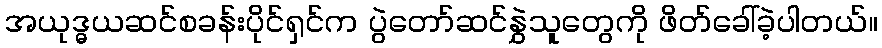
အယုဒ္ဓယဆင်စခန်းပိုင်ရှင်က ပွဲတော်ဆင်နွှဲသူတွေကို ဖိတ်ခေါ်ခဲ့ပါတယ်။